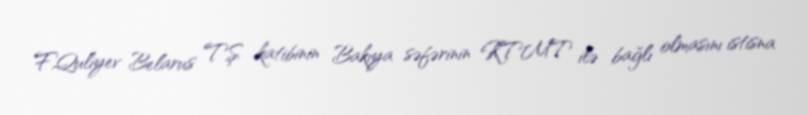
F.Quliyev Belarus TŞ katibinin Bakıya səfərinin KTMT ilə bağlı olmasını istisna